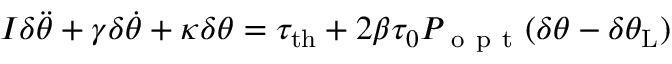
I \delta \ddot { \theta } + \gamma \delta \dot { \theta } + \kappa \delta \theta = \tau _ { \mathrm { { t h } } } + 2 \beta \tau _ { 0 } P _ { \mathrm { ~ o ~ p ~ t ~ } } ( \delta \theta - \delta \theta _ { \mathrm { { L } } } )